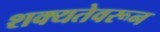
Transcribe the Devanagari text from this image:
शक्यतेवरून